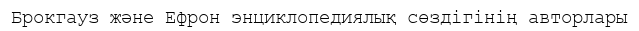
Брокгауз және Ефрон энциклопедиялық сөздігінің авторлары